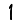
Digit: 1